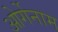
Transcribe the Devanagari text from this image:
ओर्गेनाम